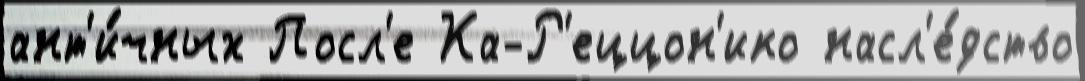
ант'и́чных Посл'е Ка-Р'еццон'ико насл'е́дство